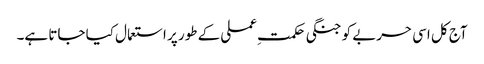
آج کل اسی حربے کو جنگی حکمتِ عملی کے طور پر استعمال کیا جاتا ہے۔